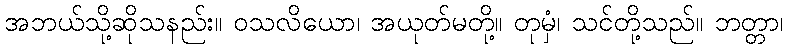
အဘယ်သို့ဆိုသနည်း။ ဝသလိယော၊ အယုတ်မတို့။ တုမှံ၊ သင်တို့သည်။ ဘတ္တာ၊